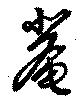
菴